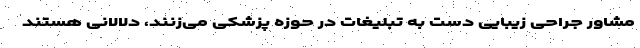
مشاور جراحی زیبایی دست به تبلیغات در حوزه پزشکی می‌زنند، دلالانی هستند